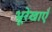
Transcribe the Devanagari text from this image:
भ्रूरेखाएँ